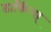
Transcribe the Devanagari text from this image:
डार्किन्स्